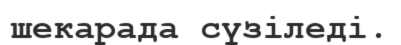
шекарада сүзіледі.